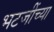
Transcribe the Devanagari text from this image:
भटजींच्या